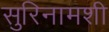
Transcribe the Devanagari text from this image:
सुरिनामशी